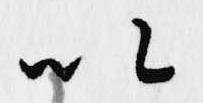
以